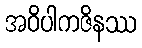
အဝိပါကဇိနဿ